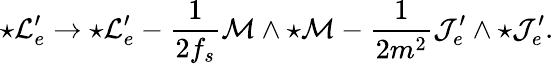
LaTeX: {\star{\cal L}_{e}^{\prime}}\to{\star{\cal L}_{e}^{\prime}}-\frac{1}{2f_{s}}{\cal M}\wedge{\star\cal M}-\frac{1}{2m^{2}}{\cal J}_{e}^{\prime}\wedge{\star{\cal J}_{e}^{\prime}}.